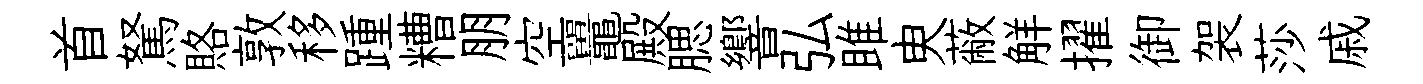
首駑賂敦移踵糟朋空鼉殿腮響弘雎㬰蔽觧擢御袈莎戚